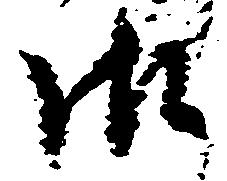
御